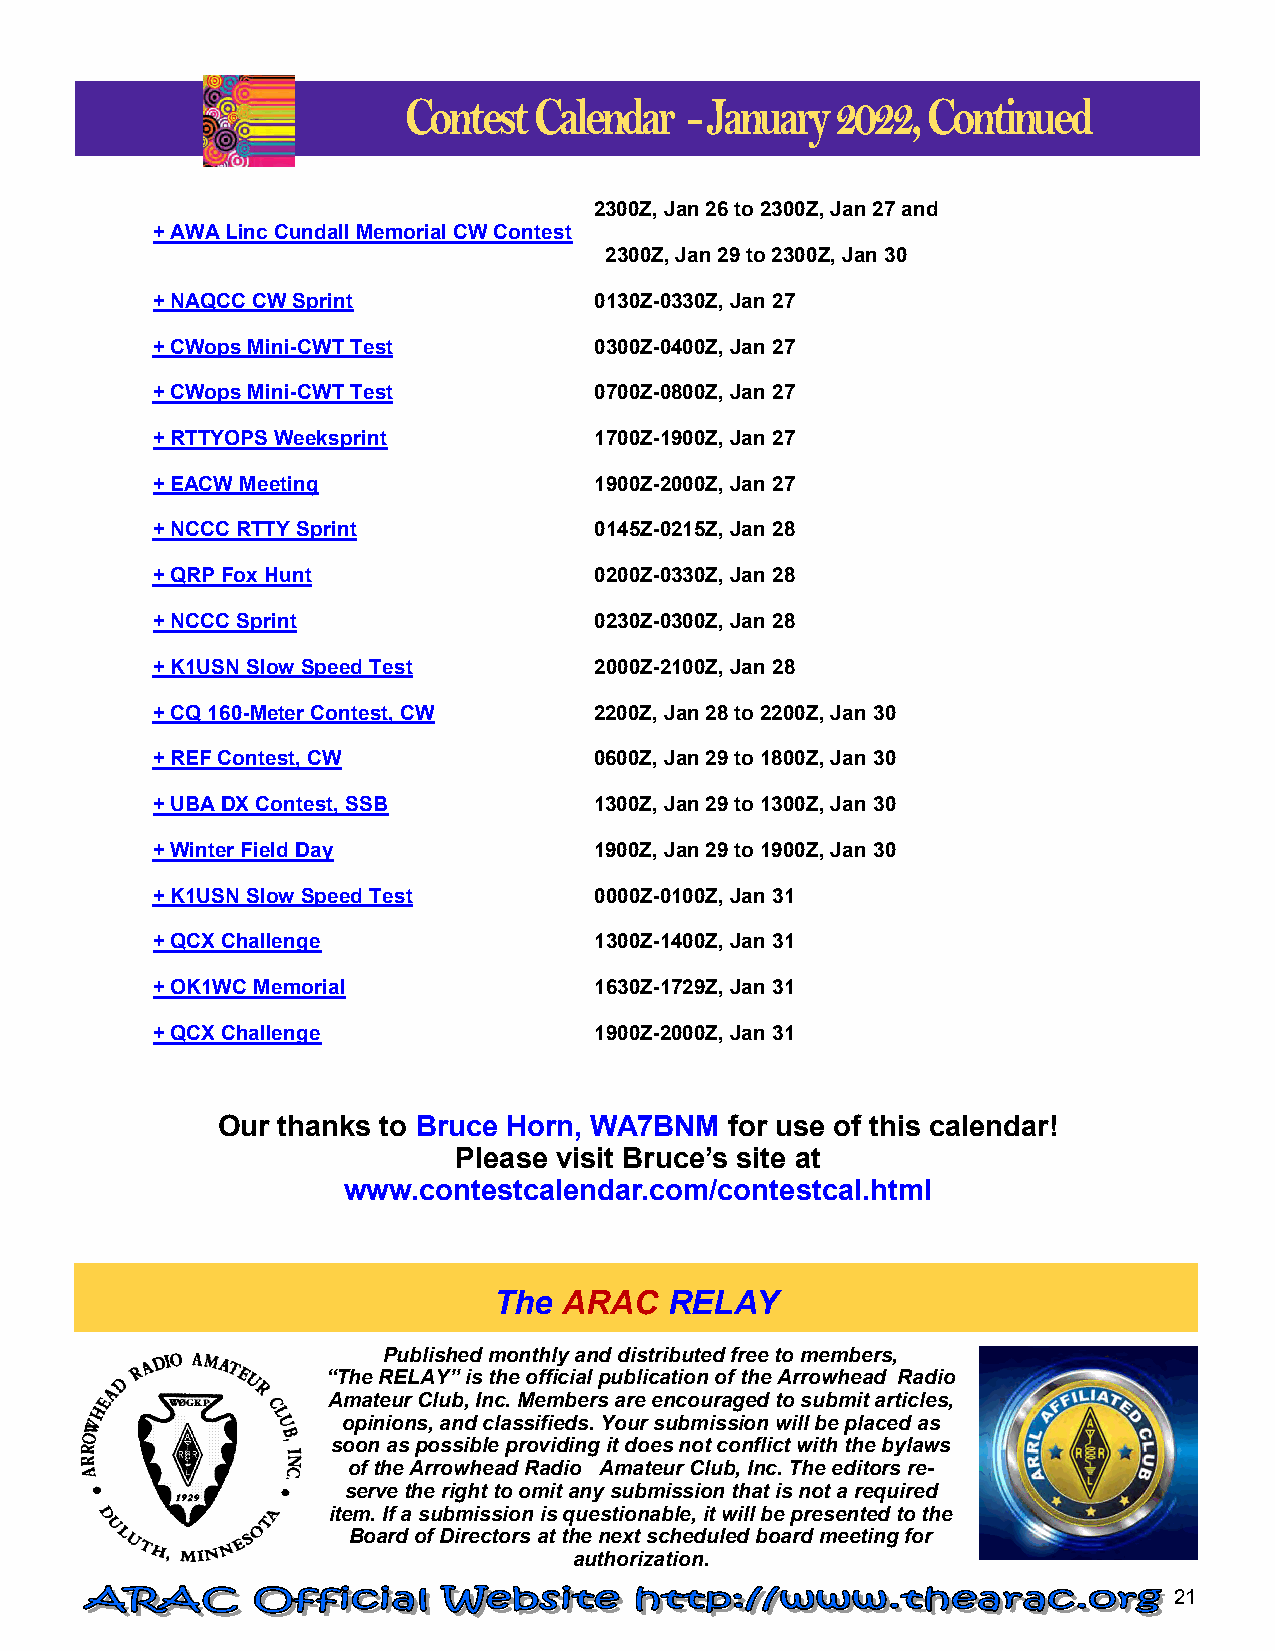
Contest Calendar   - January 2022, Continued
 Spring Equinox Continued from Page 1
 2300Z, Jan 26 to 2300Z, Jan 27 and
 + AWA Linc Cundall Memorial CW Contest
 2300Z, Jan 29 to 2300Z, Jan 30
 + NAQCC CW Sprint            0130Z-0330Z, Jan 27
 + CWops Mini-CWT Test        0300Z-0400Z, Jan 27
 + CWops Mini-CWT Test        0700Z-0800Z, Jan 27
 + RTTYOPS Weeksprint         1700Z-1900Z, Jan 27
 + EACW Meeting               1900Z-2000Z, Jan 27
 + NCCC RTTY Sprint           0145Z-0215Z, Jan 28
 + QRP Fox Hunt               0200Z-0330Z, Jan 28
 + NCCC Sprint                0230Z-0300Z, Jan 28
 + K1USN Slow Speed Test      2000Z-2100Z, Jan 28
 + CQ 160-Meter Contest, CW   2200Z, Jan 28 to 2200Z, Jan 30
 + REF Contest, CW            0600Z, Jan 29 to 1800Z, Jan 30
 + UBA DX Contest, SSB        1300Z, Jan 29 to 1300Z, Jan 30
 + Winter Field Day           1900Z, Jan 29 to 1900Z, Jan 30
 + K1USN Slow Speed Test      0000Z-0100Z, Jan 31
 + QCX Challenge              1300Z-1400Z, Jan 31
 + OK1WC Memorial             1630Z-1729Z, Jan 31
 + QCX Challenge              1900Z-2000Z, Jan 31
 Our thanks to Bruce Horn, WA7BNM  for use of this calendar!
 Please visit Bruce’s site at
 www.contestcalendar.com/contestcal.html
 The ARAC   RELAY
 Published monthly and distributed free to members,
 “The RELAY” is the official publication of the Arrowhead Radio
 Amateur Club, Inc. Members are encouraged to submit articles,
 opinions, and classifieds. Your submission will be placed as
 soon as possible providing it does not conflict with the bylaws
 of the Arrowhead Radio Amateur Club, Inc. The editors re-
 serve the right to omit any submission that is not a required
 item. If a submission is questionable, it will be presented to the
 Board of Directors at the next scheduled board meeting for
 authorization.
 21